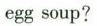
egg soup?